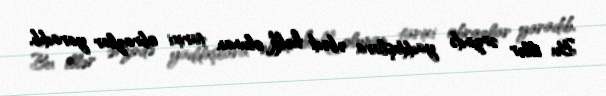
Bu illər ərzində yaddaşlara əbədi həkk olunan tarixi obrazlar yaradıb,